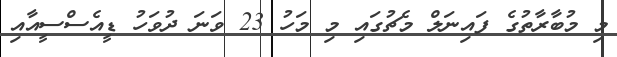
މި މުބާރާތުގެ ފައިނަލް މެޗުގައި މި މަހު 23 ވަނަ ދުވަހު ޑީއެސްސީއާއި